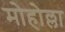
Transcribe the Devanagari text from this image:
मोहोल्ला